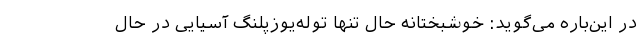
در این‌باره می‌گوید: خوشبختانه حال تنها توله‌یوزپلنگ‌ آسیایی در حال